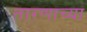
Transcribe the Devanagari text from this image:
तारणाच्या